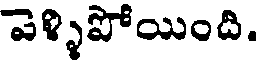
వెళ్ళిపోయింది.